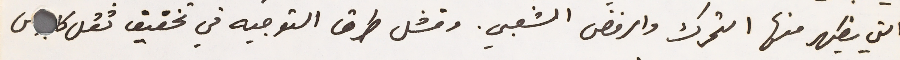
التي يظهر منها التحرك والرفض الشعبي. وفشل طرق التوجيه في تحقيق ثقل كاس